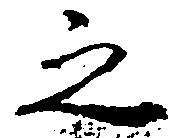
之